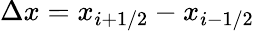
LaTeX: \Delta x=x_{i+1/2}-x_{i-1/2}